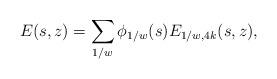
LaTeX: \begin{align*} E(s,z)= \sum_{1/w } \phi_{1/w}(s)E_{1/w,4k}(s,z), \end{align*}